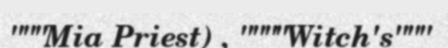
"""Mia Priest) , """"Witch's"""